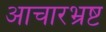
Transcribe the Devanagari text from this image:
आचारभ्रष्ट